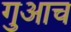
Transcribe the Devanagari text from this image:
गुआच